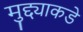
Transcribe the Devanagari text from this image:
मुद्द्याकडे